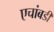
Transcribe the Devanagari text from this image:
एचांबडी